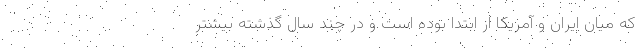
که میان ایران و آمریکا از ابتدا بوده است و در چند سال گذشته بیشتر